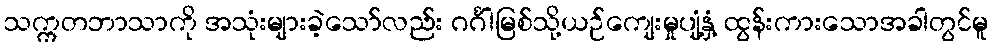
သက္ကတဘာသာကို အသုံးများခဲ့သော်လည်း ဂင်္ဂါမြစ်သို့ယဉ်ကျေးမှုပျံ့နှံ့ ထွန်းကားသောအခါတွင်မူ